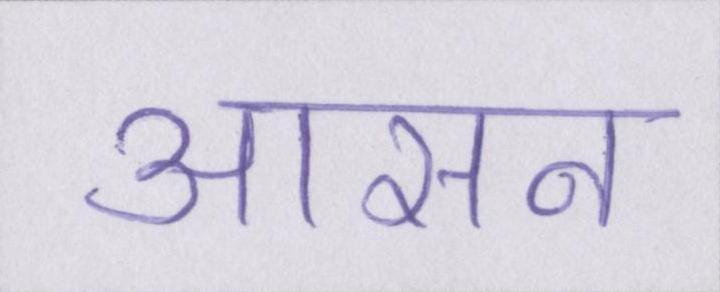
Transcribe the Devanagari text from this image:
आसन